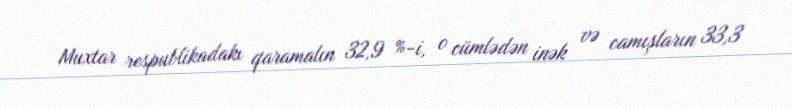
Muxtar respublikadakı qaramalın 32,9 %-i, o cümlədən inək və camışların 33,3